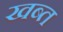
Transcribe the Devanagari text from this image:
खब्त